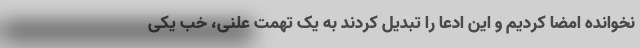
نخوانده امضا کردیم و این ادعا را تبدیل کردند به یک تهمت علنی، خب یکی